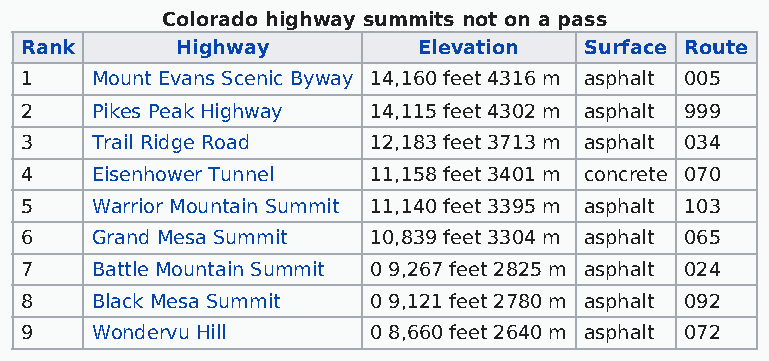
Colorado highway summits not on a pass
 Rank       Highway         Elevation  Surface Route
 1    Mount Evans Scenic Byway 14,160 feet 4316 m asphalt 005
 2    Pikes Peak Highway 14,115 feet 4302 m asphalt 999
 3    Trail Ridge Road  12,183 feet 3713 m asphalt 034
 4    Eisenhower Tunnel 11,158 feet 3401 m concrete 070
 5    Warrior Mountain Summit 11,140 feet 3395 m asphalt 103
 6    Grand Mesa Summit 10,839 feet 3304 m asphalt 065
 7    Battle Mountain Summit 0 9,267 feet 2825 m asphalt 024
 8    Black Mesa Summit 0 9,121 feet 2780 m asphalt 092
 9    Wondervu Hill     0 8,660 feet 2640 m asphalt 072